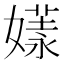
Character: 𡠘